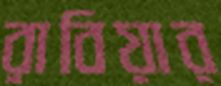
রাবিয়ার